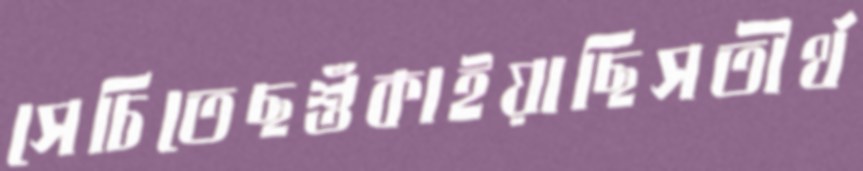
সেচিতেছশুঁকাইয়াছিসতীর্থ